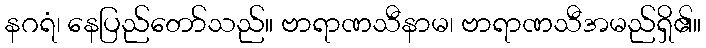
နဂရံ၊ နေပြည်တော်သည်။ ဗာရာဏသီနာမ၊ ဗာရာဏသီအမည်ရှိ၏။